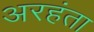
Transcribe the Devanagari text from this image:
अरहंता